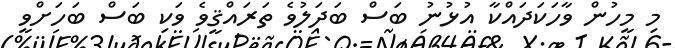
މި މީހުން ވާހަކަދައްކާ އުޅުނު ބަސް ބަދަލުވެ ތަރައްޤީވެ ވަކި ބަސް ބަހަށްވީ